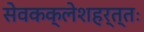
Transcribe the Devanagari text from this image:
सेवकक्लेशहर्त्तः